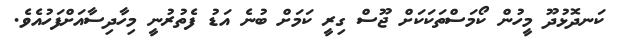
ކަނދޮޅުދޫ މީހުން ކޯމަސްތަކަކަށް ޖޫސް ގިރީ ކަމަށް ބުނެ އަޑު ފެތުރުނީ މިހާދިސާއަށްފަހުއެވެ.